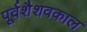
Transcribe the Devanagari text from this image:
पूर्वशैशवकाल